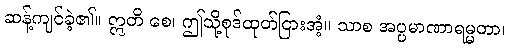
ဆန့်ကျင်ခဲ့၏။ ဣတိ စေ၊ ဤသို့စုဒ်ထုတ်ငြားအံ့။ သာစ အပ္ပမာဏာရမ္မတာ၊